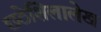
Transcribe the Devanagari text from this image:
छठेशिलालेख